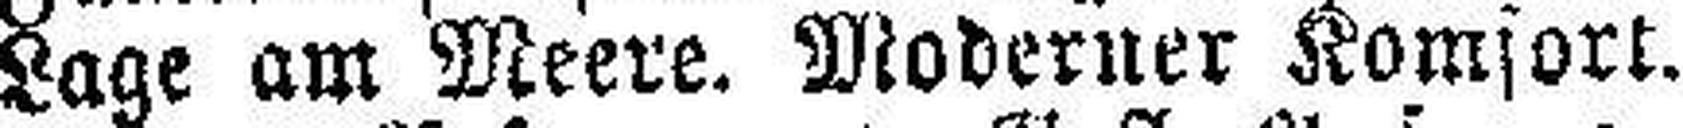
Lage am Meere. Moderner Komfort.